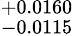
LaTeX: ^{+0.0160}_{-0.0115}